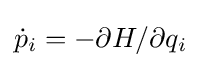
{\dot {p}}_{i}=-\partial H/\partial {q_{i}}